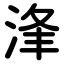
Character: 浲